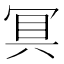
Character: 𭁷